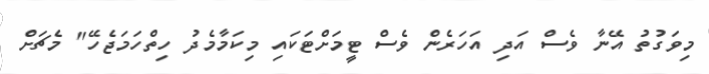
މިވަގުތު އޭނާ ވެސް އަދި އަހަރެން ވެސް ޓީމަށްޓަކައި މިކަމާމެދު ހިތްހަމަޖެހޭ" މެޗަށް